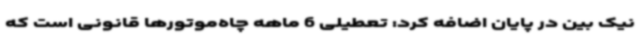
نیک بین در پایان اضافه کرد: تعطیلی 6 ماهه چاه‌موتورها قانونی است که